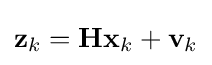
\mathbf {z} _{k}=\mathbf {Hx} _{k}+\mathbf {v} _{k}